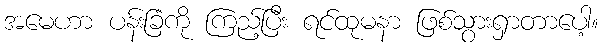
အမေဟာ ပန်းခြံကို ကြည့်ပြီး ရင်ထုမနာ ဖြစ်သွားရှာတာပေါ့။